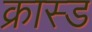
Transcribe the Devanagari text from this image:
क्रास्ड